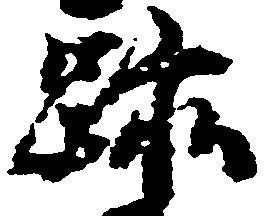
跡